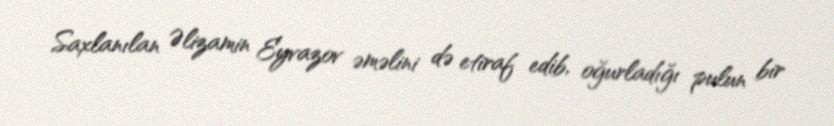
Saxlanılan Əlizamin Eyvazov əməlini də etiraf edib, oğurladığı pulun bir